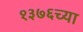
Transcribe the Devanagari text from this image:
१३७६च्या